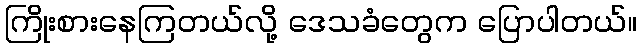
ကြိုးစားနေကြတယ်လို့ ဒေသခံတွေက ပြောပါတယ်။